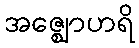
အဇ္ဈောဟရိ